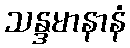
သန္ဒမာနာနံ